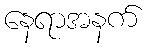
နေရာအနက်